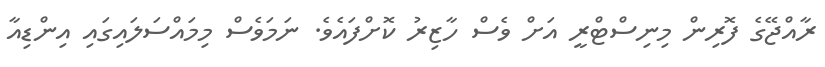
ރާއްޖޭގެ ފޮރިން މިނިސްޓްރީ އަށް ވެސް ހާޒިރު ކޮށްފައެވެ. ނަމަވެސް މިމައްސަލައިގައި އިންޑިއާ